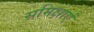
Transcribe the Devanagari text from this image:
समिक्षाएं